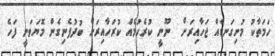
ހަމަތާކު މުށިގަނޑެއް ޖަހާއިރަށް  ނޫނީ ކުރެހުމެއް ކުރަހާއިރަށް ބުދުފެނިގެން މޮޔަވަނީ ފަހެ